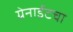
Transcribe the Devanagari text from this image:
ग्रेनाईटचा